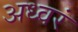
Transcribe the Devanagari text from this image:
अध्वरं